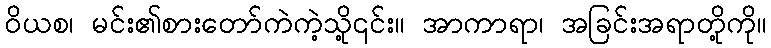
ဝိယစ၊ မင်း၏စားတော်ကဲကဲ့သို့၎င်း။ အာကာရာ၊ အခြင်းအရာတို့ကို။